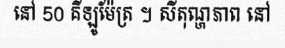
នៅ 50 គីឡូម៉ែត្រ ។ សីតុណ្ហភាព នៅ